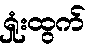
ရှုံးထွက်